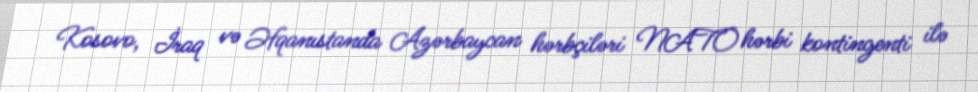
Kosovo, İraq və Əfqanıstanda Azərbaycan hərbçiləri NATO hərbi kontingenti ilə